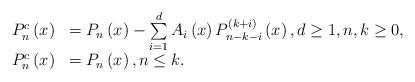
LaTeX: \begin{align*}\begin{array}{cl}P_{n}^{c}\left( x\right) & =P_{n}\left( x\right)-\sum\limits_{i=1}^{d}A_{i}\left( x\right) P_{n-k-i}^{\left( k+i\right)}\left( x\right) ,d\geq 1,n,k\geq 0, \\ P_{n}^{c}\left( x\right) & =P_{n}\left( x\right) ,n\leq k.\end{array}\end{align*}